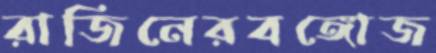
রাজিনেরবঙ্গোজ